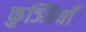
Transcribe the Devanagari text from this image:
कुञ्जियाँ